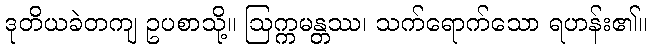
ဒုတိယခဲတကျ ဥပစာသို့။ ဩက္ကမန္တဿ၊ သက်ရောက်သော ရဟန်း၏။